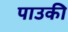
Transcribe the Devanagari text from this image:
पाउकी